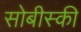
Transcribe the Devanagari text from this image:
सोबीस्की